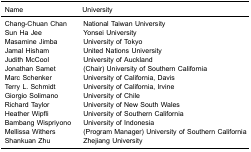
<table><thead><tr><td><b>Name</b></td><td><b>University</b></td></tr></thead><tbody><tr><td>Chang-Chuan Chan</td><td>National Taiwan University</td></tr><tr><td>Sun Ha Jee</td><td>Yonsei University</td></tr><tr><td>Masamine Jimba</td><td>University of Tokyo</td></tr><tr><td>Jamal Hisham</td><td>United Nations University</td></tr><tr><td>Judith McCool</td><td>University of Auckland</td></tr><tr><td>Jonathan Samet</td><td>(Chair) University of Southern California</td></tr><tr><td>Marc Schenker</td><td>University of California, Davis</td></tr><tr><td>Terry L. Schmidt</td><td>University of California, Irvine</td></tr><tr><td>Giorgio Solimano</td><td>University of Chile</td></tr><tr><td>Richard Taylor</td><td>University of New South Wales</td></tr><tr><td>Heather Wipfli</td><td>University of Southern California</td></tr><tr><td>Bambang Wispriyono</td><td>University of Indonesia</td></tr><tr><td>Mellissa Withers</td><td>(Program Manager) University of Southern California</td></tr><tr><td>Shankuan Zhu</td><td>Zhejiang University</td></tr></tbody></table>